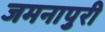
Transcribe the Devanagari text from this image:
जमनापुरी